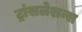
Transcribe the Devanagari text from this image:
ट्रांसलेशन्स